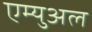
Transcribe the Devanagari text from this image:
एम्युअल